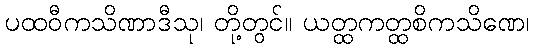
ပထဝီကသိဏာဒီသု၊ တို့တွင်။ ယတ္ထကတ္ထစိကသိဏေ၊